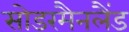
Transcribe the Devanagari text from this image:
सोडरमैनलैंड